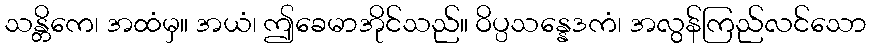
သန္တိကေ၊ အထံမှ။ အယံ၊ ဤခေမာအိုင်သည်။ ဝိပ္ပသန္နေဒကံ၊ အလွန်ကြည်လင်သော